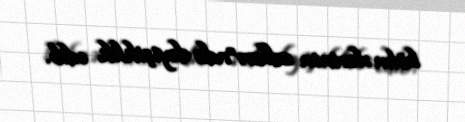
bölmələrinin adları”nda dəyişiklik edib.